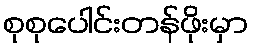
စုစုပေါင်းတန်ဖိုးမှာ